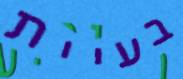
בעיית